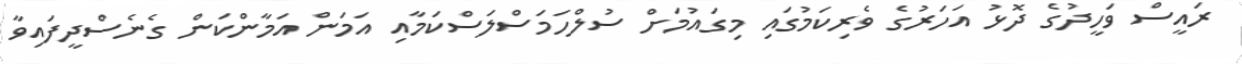
ރައީސް ވަހީދުގެ ދޮޅު އަހަރުގެ ވެރިކަމުގައި މިގައުމަށް ސުލްހަމަސްލަސްކަމާއި އަމަން އަމާންކަން ގެނެސްދީފައިވާ